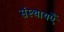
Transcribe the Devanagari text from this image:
संस्थायएँ